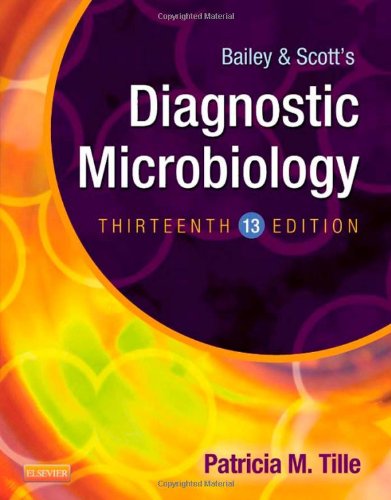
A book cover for Bailey & Scott's Diagnostic Microbiology, 13e (Diagnostic Microbiology (Bailey & Scott's)); Patricia Tille; Medical Books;